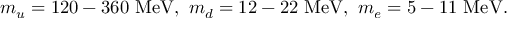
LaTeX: m _ { u } = 1 2 0 - 3 6 0 \ \mathrm { M e V } , \ m _ { d } = 1 2 - 2 2 \ \mathrm { M e V } , \ m _ { e } = 5 - 1 1 \ \mathrm { M e V } .